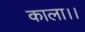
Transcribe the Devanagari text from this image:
काला।।